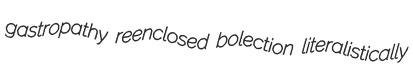
gastropathy reenclosed bolection literalistically